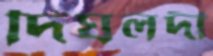
দিঘলদী